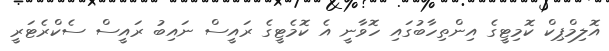
އޮލިމްޕިކް ކޮމިޓީގެ އިންތިހާބުގައި ހޮވާނީ އެ ކޮމެޓީގެ ރައީސް ނައިބު ރައީސް ސެކްރެޓަރީ